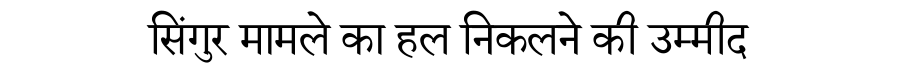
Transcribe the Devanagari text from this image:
सिंगुर मामले का हल निकलने की उम्मीद